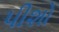
પીશો